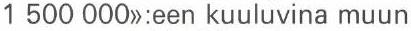
1 500 000>>:een kuuluvina muun